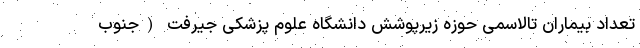
تعداد بیماران تالاسمی حوزه زیرپوشش دانشگاه علوم پزشکی جیرفت (جنوب